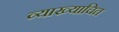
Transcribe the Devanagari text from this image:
व्याख्याचित